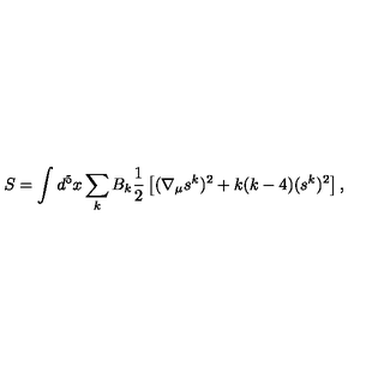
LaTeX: S = \int d ^ { 5 } x \sum _ { k } B _ { k } \frac { 1 } { 2 } \left[ ( \nabla _ { \mu } s ^ { k } ) ^ { 2 } + k ( k - 4 ) ( s ^ { k } ) ^ { 2 } \right] ,